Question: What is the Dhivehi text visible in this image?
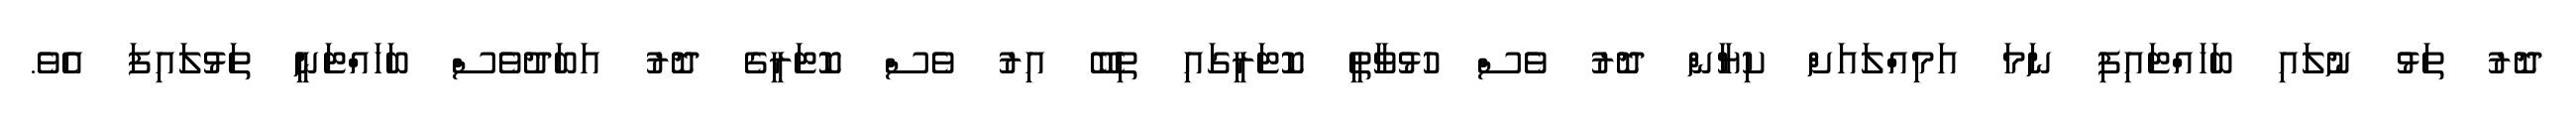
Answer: ދޮރު ތަޅު ނުލައި ބަހައްޓައިފި ނަމަ އަމިއްލައަށް ކިޔާން ދޮރު ވެސް ހުޅުވާތީ ކޮޓަރީގައި ތިބޭ އިރު ވެސް ކޮޓަރީގެ ދޮރު އަބަދުވެސް ބަހައްޓަނީ ތަޅުލައިފަ އެވެ.